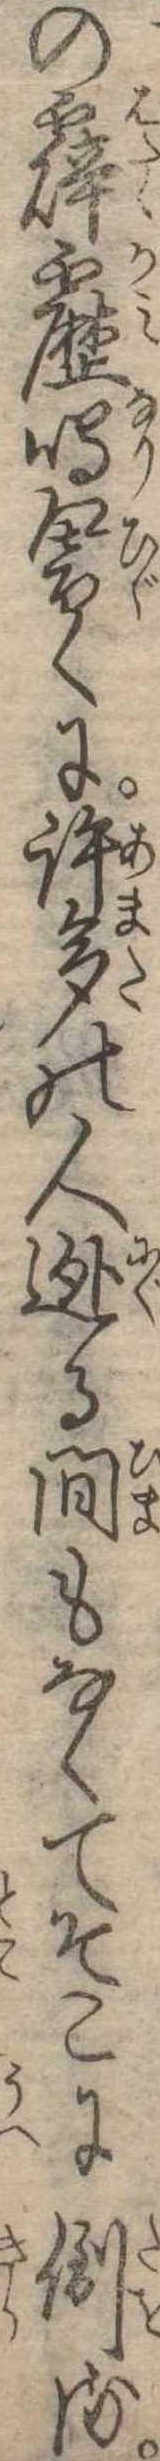
の霹靂鳴響くに許多の人逃る間もなくてそこに倒る